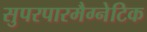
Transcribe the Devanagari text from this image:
सुपरपारमैग्नेटिक